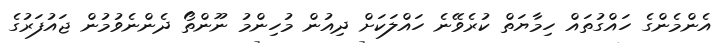
އެންމެންގެ ހައްގުތައް ހިމާޔަތް ކުރެވޭނެ ހައްލަކަށް ދިއުން މުހިންމު ނޫންތޯ ދެންނެވުމުން ޖައުފަރުގެ